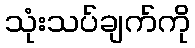
သုံးသပ်ချက်ကို